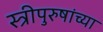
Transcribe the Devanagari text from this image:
स्त्रीपुरुषांच्या